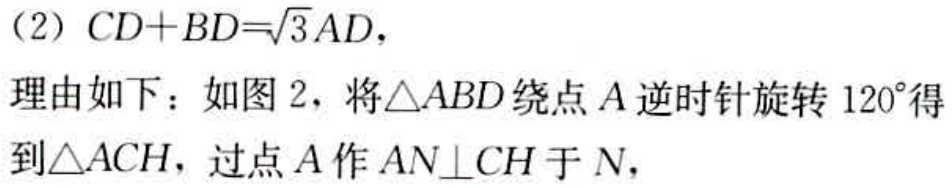
（2）\(CD + BD=\sqrt{3}AD\)，
理由如下：如图 2，将\(\triangle ABD\)绕点\(A\)逆时针旋转\(120^{\circ}\)得到\(\triangle ACH\)，过点\(A\)作\(AN\perp CH\)于\(N\)，